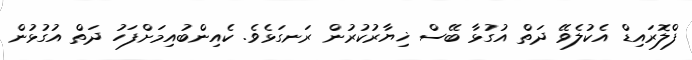
ފްލޮރައިޑް އެކުލެވޭ ދަތް އުގުޅާ ބޭސް ޚިޔާރުކުރުން ރަނގަޅެވެ. ކެއިންބުއިމަށްފަހު ދަތް އުގުޅުން